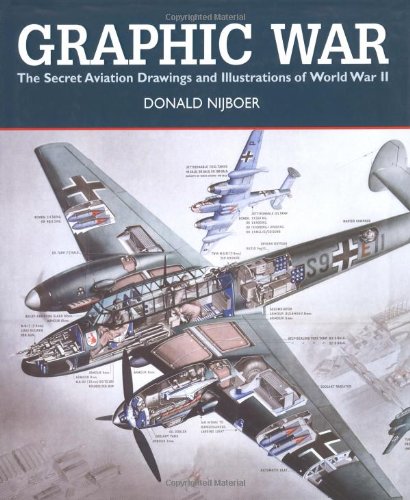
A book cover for Graphic War: The Secret Aviation Drawings and Illustrations of World War II; Donald Nijboer; Arts & Photography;